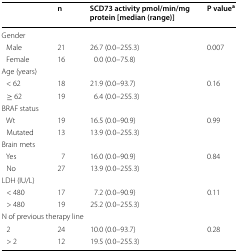
<table><thead><tr><td></td><td><b>n</b></td><td><b>SCD73 activity pmol/min/mg protein [median (range)]</b></td><td><b>P value<sup>a</sup></b></td></tr></thead><tbody><tr><td colspan="4">Gender</td></tr><tr><td> Male</td><td>21</td><td>26.7 (0.0–255.3)</td><td rowspan="2">0.007</td></tr><tr><td> Female</td><td>16</td><td>0.0 (0.0–75.8)</td></tr><tr><td colspan="4">Age (years)</td></tr><tr><td> &lt; 62</td><td>18</td><td>21.9 (0.0–93.7)</td><td rowspan="2">0.16</td></tr><tr><td> ≥ 62</td><td>19</td><td>6.4 (0.0–255.3)</td></tr><tr><td colspan="4">BRAF status</td></tr><tr><td> Wt</td><td>19</td><td>16.5 (0.0–90.9)</td><td rowspan="2">0.99</td></tr><tr><td> Mutated</td><td>13</td><td>13.9 (0.0–255.3)</td></tr><tr><td colspan="4">Brain mets</td></tr><tr><td> Yes</td><td>7</td><td>16.0 (0.0–90.9)</td><td rowspan="2">0.84</td></tr><tr><td> No</td><td>27</td><td>13.9 (0.0–255.3)</td></tr><tr><td colspan="4">LDH (IU/L)</td></tr><tr><td> &lt; 480</td><td>17</td><td>7.2 (0.0–90.9)</td><td rowspan="2">0.11</td></tr><tr><td> &gt; 480</td><td>19</td><td>25.2 (0.0–255.3)</td></tr><tr><td colspan="4">N of previous therapy line</td></tr><tr><td> 2</td><td>24</td><td>10.0 (0.0–93.7)</td><td rowspan="2">0.28</td></tr><tr><td> &gt; 2</td><td>12</td><td>19.5 (0.0–255.3)</td></tr></tbody></table>